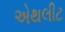
એથલીટ